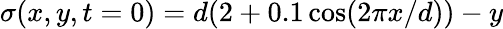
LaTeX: \sigma(x,y,t=0)=d(2+0.1\cos(2\pi x/d))-y